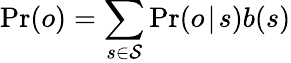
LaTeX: \operatorname*{Pr}(o)=\sum_{s\in\mathcal{S}}\operatorname*{Pr}(o\! \mid\! s)b(s)